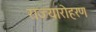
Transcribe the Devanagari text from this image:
राज्यारोहरण